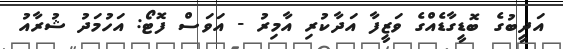
އަދީބުގެ ބޮޑީގާޑެއްގެ ވަޒީފާ އަދާކުރި އާމިރު - އަވަސް ފޮޓޯ: އަހުމަދު ޝުރާއު